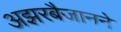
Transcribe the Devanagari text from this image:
अझरबैजानने